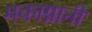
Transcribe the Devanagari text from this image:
मकाग्नानी